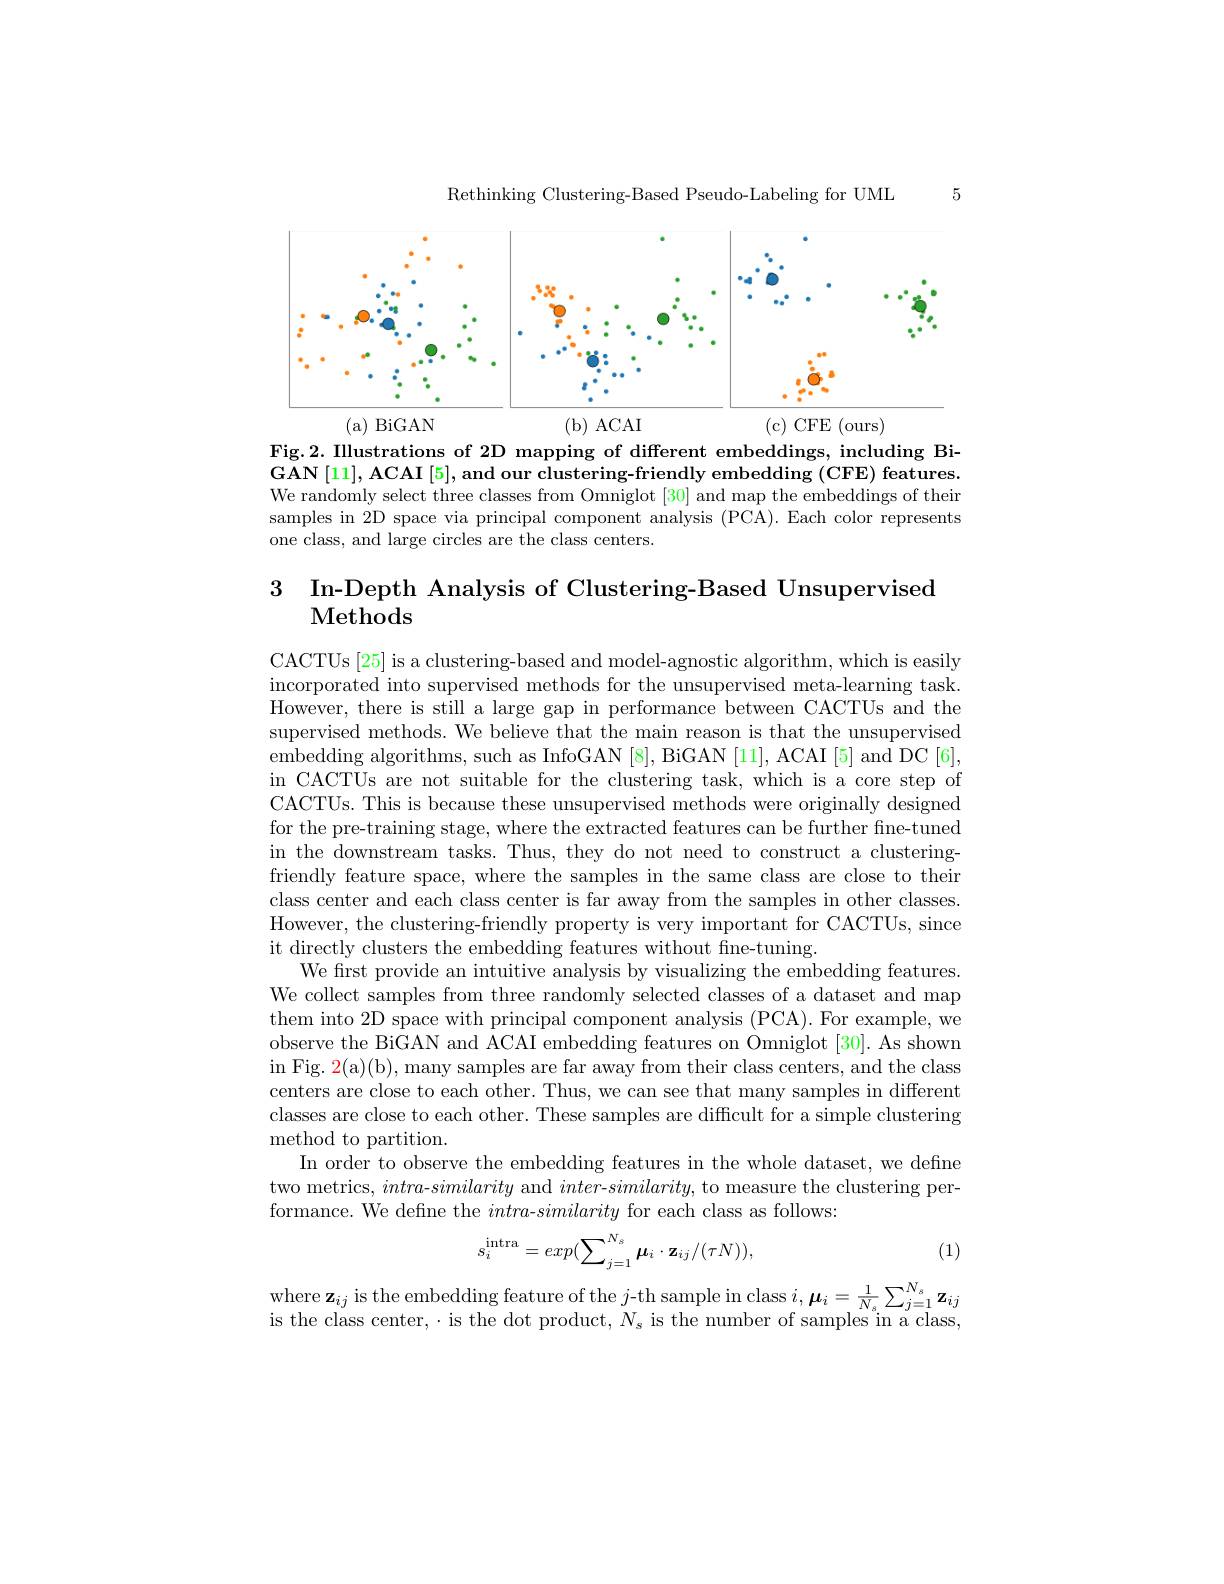
5

Rethinking Clustering-Based Pseudo-Labeling for UML

<FigureHere>
(a) BiGAN
(b)ACAI
(c) CFE (ours)

Fig.2. Illustrations of 2D mapping of different embeddings, including BiGAN [11], ACAI [5], and our clustering-friendly embedding (CFE) features. We randomly select three classes from Omniglot [30] and map the embeddings of their samples in 2D space via principal component analysis (PCA). Each color represents one class, and large circles are the class centers.

## 3 In-Depth Analysis of Clustering-Based Unsupervised Methods

CACTUs [25] is a clustering-based and model-agnostic algorithm, which is easily incorporated into supervised methods for the unsupervised meta-learning task. However, there is still a large gap in performance between CACTUs and the supervised methods. We believe that the main reason is that the unsupervised embedding algorithms, such as InfoGAN [8], BiGAN [11], ACAI [5] and DC [6], in CACTUs are not suitable for the clustering task, which is a core step of CACTUs. This is because these unsupervised methods were originally designed for the pre-training stage, where the extracted features can be further fine-tuned in the downstream tasks. Thus, they do not need to construct a clusteringfriendly feature space, where the samples in the same class are close to their class center and each class center is far away from the samples in other classes. However, the clustering-friendly property is very important for CACTUs, since it directly clusters the embedding features without fine-tuning.
We first provide an intuitive analysis by visualizing the embedding features. We collect samples from three randomly selected classes of a dataset and map them into 2D space with principal component analysis (PCA). For example, we observe the BiGAN and ACAI embedding features on Omniglot [30]. As shown in Fig. 2(a)(b), many samples are far away from their class centers, and the class centers are close to each other. Thus, we can see that many samples in different classes are close to each other. These samples are difficult for a simple clustering method to partition.
In order to observe the embedding features in the whole dataset, we define two metrics, intra-similarity and inter-$similarity$, to measure the clustering performance. We define the intra-similarity for each class as follows:
$$s_i^\text{intra}=exp(\sum_{j=1}^{N_s}\boldsymbol{\mu}_i\cdot\mathbf{z}_{ij}/(\tau N)),$$
(1)

$\text{where z}_{ij}$ is the embedding feature of the $j$- th sample in class $i, \boldsymbol{\mu }_{i}= \frac 1{N_{s}}\sum _{j= 1}^{N_{s}}\mathbf{z} _{ij}$ is the class center, $\cdot$is the dot product,  $N_{s}$ is the number of samples in a class,